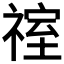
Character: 𮵞